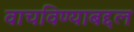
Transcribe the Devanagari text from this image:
वाचविण्याबद्दल